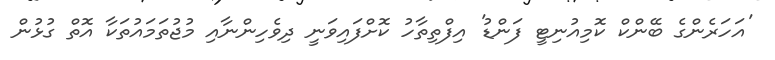
'އަހަރެންގެ ބޭންކް ކޮމިއުނިޓީ ފަންޑު' އިފްތިތާހު ކޮށްފައިވަނީ ދިވެހިންނާއި މުޖުތަމައުތަކާ އޮތް ގުޅުން